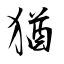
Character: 猶